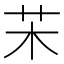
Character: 㭉